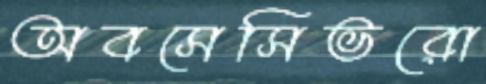
অবসেসিভরো